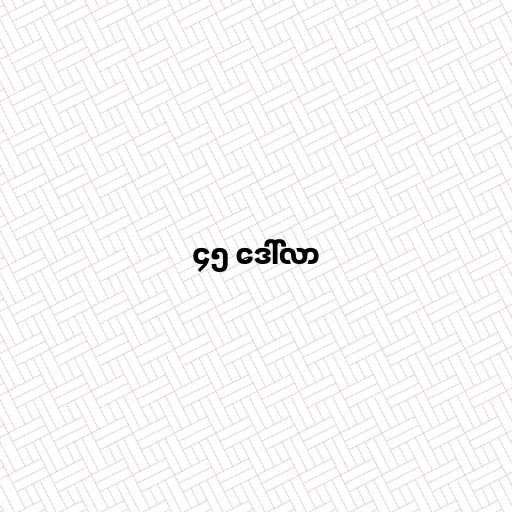
၄၅ ဒေါ်လာ